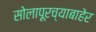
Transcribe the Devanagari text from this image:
सोलापूरच्याबाहेर